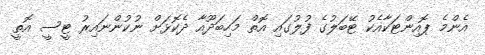
އެންމެ ޕޮއިންޓަކާއެކު ޓޭބަލުގެ ފުލުގައި އޮތް މަހިބަދޫއާ ދެކޮޅަށް ނުކުންނައިރު ޓީސީ އޮތީ